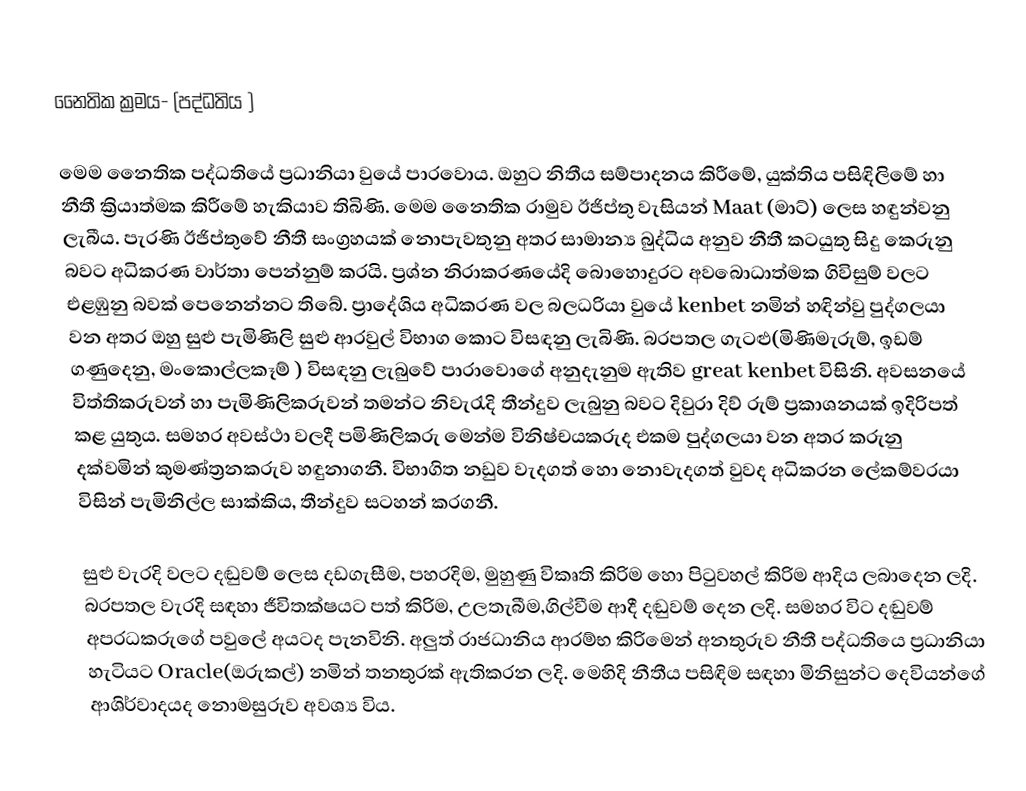
නෛතික ක්‍රමය- (පද්ධතිය )

මෙම නෛතික පද්ධතියේ ප්‍රධානියා වුයේ පාරවොය. ඔහුට නිතීය සම්පාදනය කිරීමේ, යුක්තිය පසිඳිලිමේ හා නීතී ක්‍රියාත්මක කිරීමේ හැකියාව තිබිණි. මෙම නෛතික රාමුව ඊජිප්තු වැසියන් Maat (මාට්) ලෙස හඳුන්වනු ලැබීය. පැරණි ඊජිප්තුවේ නීතී සංග්‍රහයක් නොපැවතුනු අතර සාමාන්‍ය බුද්ධිය අනුව නීතී කටයුතු සිදු කෙරුනු බවට අධිකරණ වාර්තා පෙන්නුම් කරයි. ප්‍රශ්න නිරාකරණයේදි බොහොදුරට අවබොධාත්මක ගිවිසුම් වලට එළඹුනු බවක් පෙනෙන්නට තිබේ. ප්‍රාදේශිය අධිකරණ වල බලධරියා වුයේ kenbet නමින් හඳින්වු පුද්ගලයා වන අතර ඔහු සුළු පැමිණිලි සුළු ආරවුල් විභාග කොට විසඳනු ලැබිණි. බරපතල ගැටළු(මිණිමැරුම්, ඉඩම් ගණුදෙනු, මංකොල්ලකෑම් ) විසඳනු ලැබුවේ පාරාවොගේ අනුදැනුම ඇතිව great kenbet විසිනි. අවසනයේ විත්තිකරුවන් හා පැමිණිලිකරුවන් තමන්ට නිවැරැදි තීන්දුව ලැබුනු බවට දිවුරා  දිව් රුම් ප්‍රකාශනයක් ඉදිරිපත් කළ යුතුය. සමහර අවස්ථා වලදී පමිණිලිකරු මෙන්ම විනිෂ්චයකරුද එකම පුද්ගලයා වන අතර කරුනු දක්වමින් කුමණ්ත්‍රනකරුව හඳුනාගනී. විභාගිත නඩුව වැදගත් හො නොවැදගත් වුවද අධිකරන ලේකම්වරයා විසින් පැමිනිල්ල සාක්කිය, තීන්දුව සටහන් කරගනී.

සුළු වැරදි වලට දඬුවම් ලෙස දඩගැසීම, පහරදිම, මුහුණු විකෘති කිරිම හො පිටුවහල් කිරිම ආදිය ලබාදෙන ලදි. බරපතල වැරදි සඳහා ජීවිතක්ෂයට පත් කිරිම, උලතැබීම,ගිල්වීම ආදී දඬුවම් දෙන ලදි. සමහර විට දඬුවම් අපරධකරුගේ පවුලේ අයටද පැනවිනි. අලුත් රාජධානිය ආරම්භ කිරිමෙන් අනතුරුව නීතී පද්ධතියෙ ප්‍රධානියා හැටියට Oracle(ඔරුකල්) නමින් තනතුරක් ඇතිකරන ලදි. මෙහිදි නීතීය පසිඳිම සඳහා මිනිසුන්ට දෙවියන්ගේ ආශිර්වාදයද නොමසුරුව අවශ්‍ය විය.